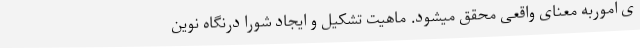
ی اموربه معنای واقعی محقق میشود. ماهیت تشکیل و ایجاد شورا درنگاه نوین